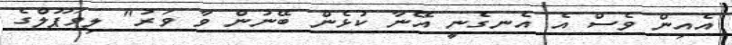
އެއިން ވެސް އެ އެނގެނީ އޭނާ ކުޅެން ބޭނުން ވާ ވަރު" ލިވަޕޫލްގެ